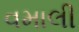
વમાલી